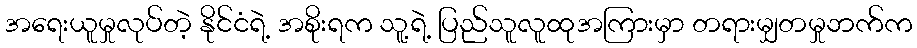
အရေးယူမှုလုပ်တဲ့ နိုင်ငံရဲ့ အစိုးရက သူ့ရဲ့ ပြည်သူလူထုအကြားမှာ တရားမျှတမှုဘက်က